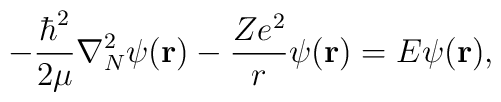
-\frac{\hbar^2}{2\mu}\nabla_N^2\psi({\bf r}) - \frac{Ze^2}{r}\psi({\bf r}) =E\psi({\bf r}),